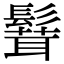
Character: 𩮙